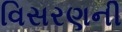
વિસરણની